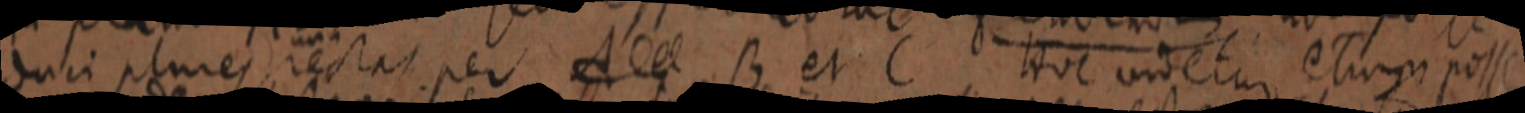
duci plures rectas per A et B et C Hoc undetur etiam posse